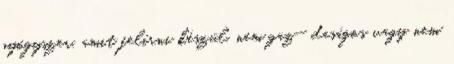
gyógyszer, amit felírni készül, nem gaz- daságos vagy nem